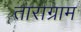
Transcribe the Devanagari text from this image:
ताराग्राम